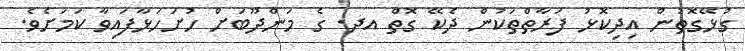
ގުޅޭގޮތުން އިދިކޮޅު ފަރާތްތަކުން ދެކޭ ގޮތް އދ. ގެ މަންދޫބަށް ހުށަހަޅާފައިވާ ކަމަށެވެ.